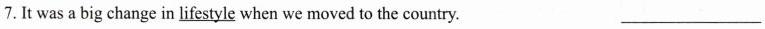
7.It was a big change in \underline{lifestyle} when we moved to the country. ___